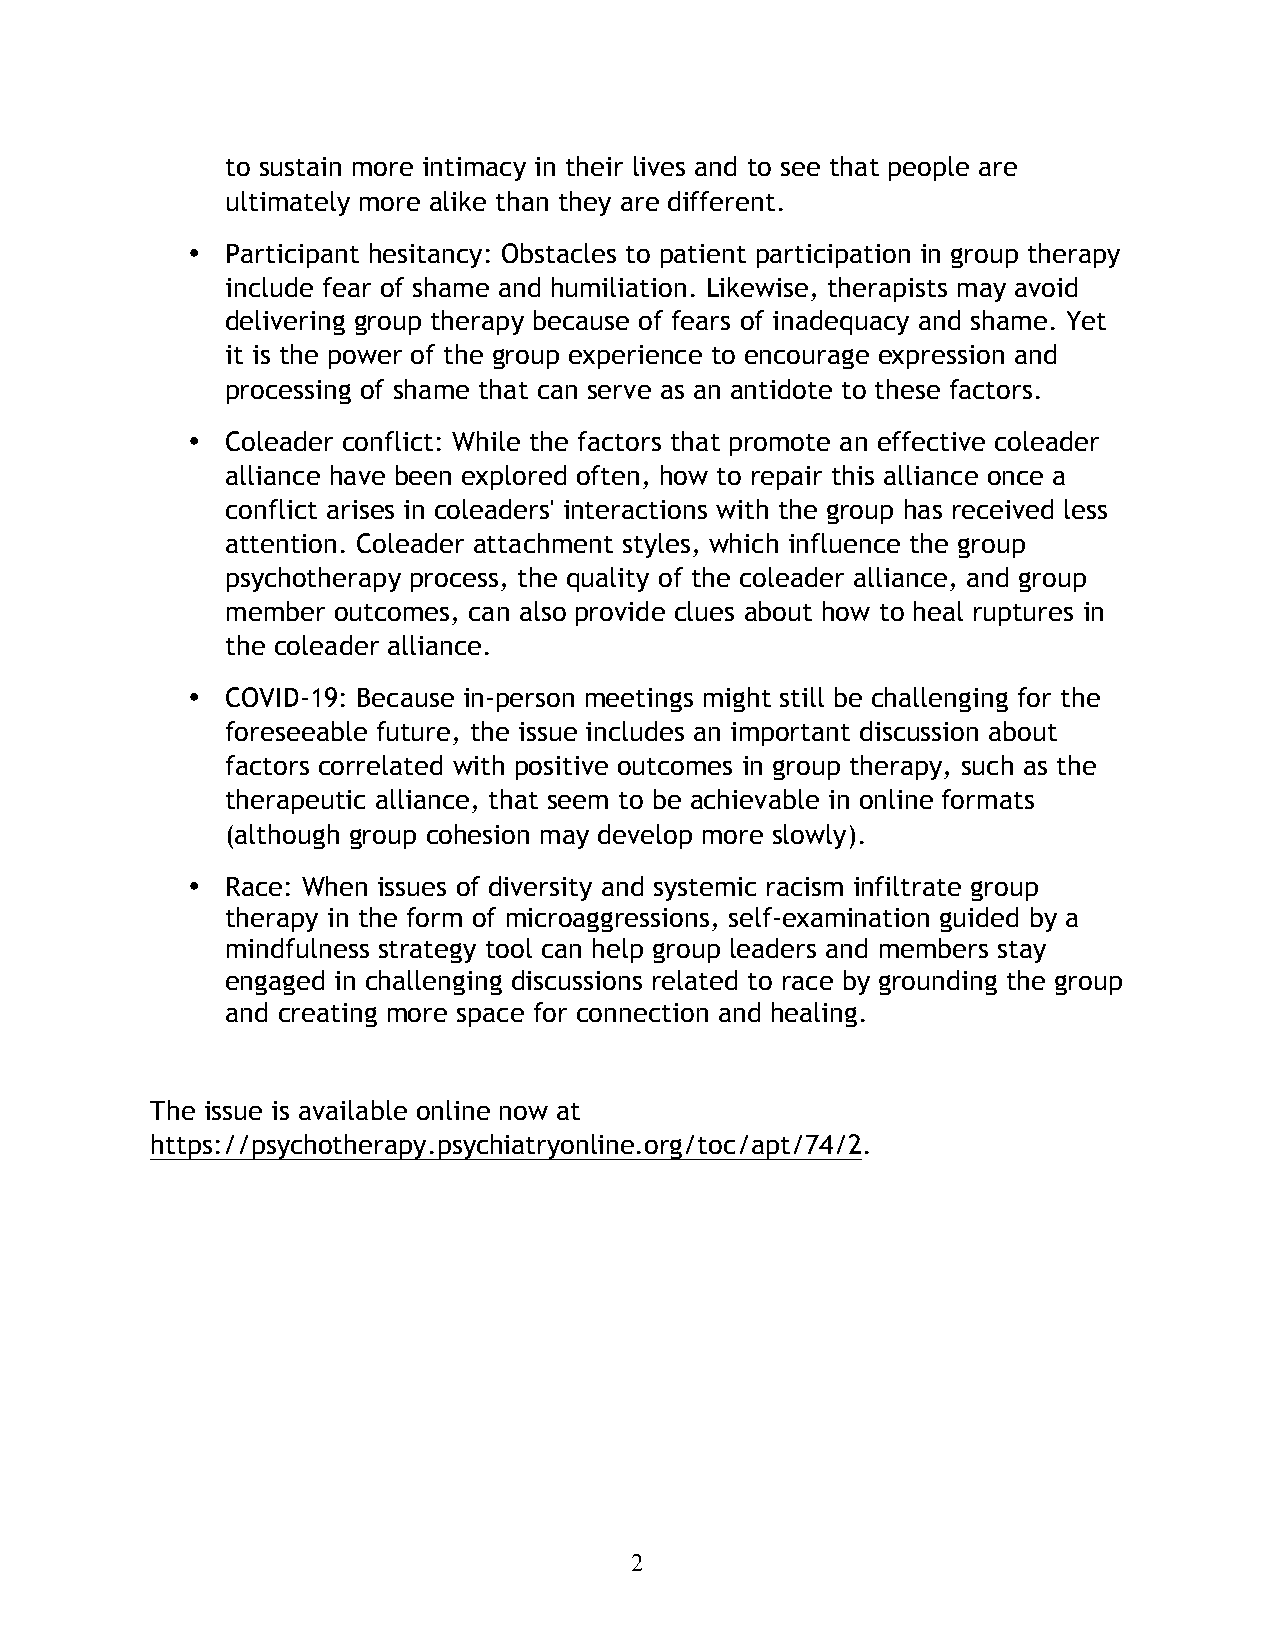
to sustain more intimacy in their lives and to see that people are
 ultimately more alike than they are different.
 •  Participant hesitancy: Obstacles to patient participation in group therapy
 include fear of shame and humiliation. Likewise, therapists may avoid
 delivering group therapy because of fears of inadequacy and shame. Yet
 it is the power of the group experience to encourage expression and
 processing of shame that can serve as an antidote to these factors.
 •  Coleader conflict: While the factors that promote an effective coleader
 alliance have been explored often, how to repair this alliance once a
 conflict arises in coleaders' interactions with the group has received less
 attention. Coleader attachment styles, which influence the group
 psychotherapy process, the quality of the coleader alliance, and group
 member outcomes, can also provide clues about how to heal ruptures in
 the coleader alliance.
 •  COVID-19: Because in-person meetings might still be challenging for the
 foreseeable future, the issue includes an important discussion about
 factors correlated with positive outcomes in group therapy, such as the
 therapeutic alliance, that seem to be achievable in online formats
 (although group cohesion may develop more slowly).
 •  Race: When issues of diversity and systemic racism infiltrate group
 therapy in the form of microaggressions, self-examination guided by a
 mindfulness strategy tool can help group leaders and members stay
 engaged in challenging discussions related to race by grounding the group
 and creating more space for connection and healing.
 The issue is available online now at
 https://psychotherapy.psychiatryonline.org/toc/apt/74/2.
 2